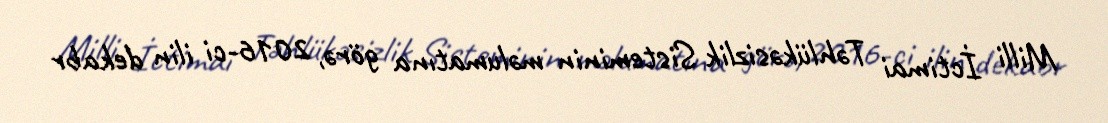
Milli İctimai Təhlükəsizlik Sisteminin məlumatına görə, 2016-ci ilin dekabr